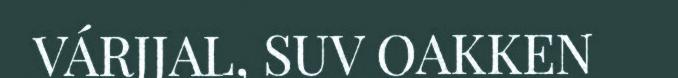
VÁRJJAL, SUV OAKKEN